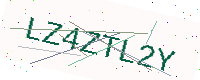
Text: LZ4ZTL2Y